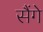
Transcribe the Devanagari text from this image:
सैंगे